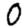
Digit: 0